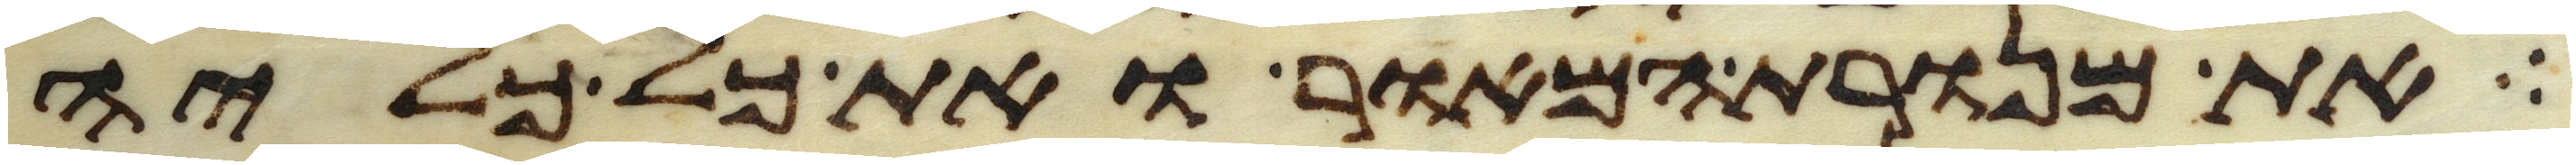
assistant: את מנורת המאור ואת כל כליה